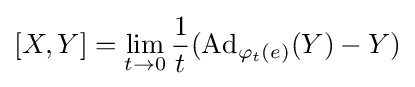
[X,Y]=\lim _{t\to 0}{1 \over t}(\operatorname {Ad} _{\varphi _{t}(e)}(Y)-Y)